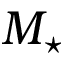
M _ { \star }